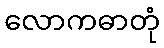
လောကဓာတုံ